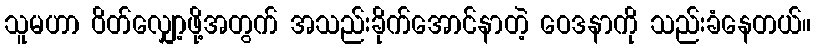
သူမဟာ ဝိတ်လျှော့ဖို့အတွက် အသည်းခိုက်အောင်နာတဲ့ ဝေဒနာကို သည်းခံနေတယ်။